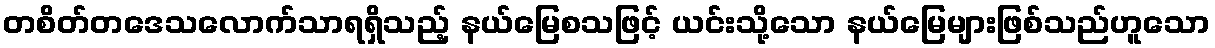
တစိတ်တဒေသလောက်သာရရှိသည့် နယ်မြေစသဖြင့် ယင်းသို့သော နယ်မြေများဖြစ်သည်ဟူသော